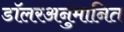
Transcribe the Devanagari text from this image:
डॉलरअनुमानित